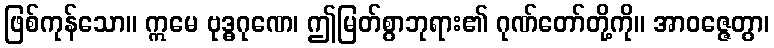
ဖြစ်ကုန်သော။ ဣမေ ဗုဒ္ဓဂုဏေ၊ ဤမြတ်စွာဘုရား၏ ဂုဏ်တော်တို့ကို။ အာဝဇ္ဇေတွာ၊